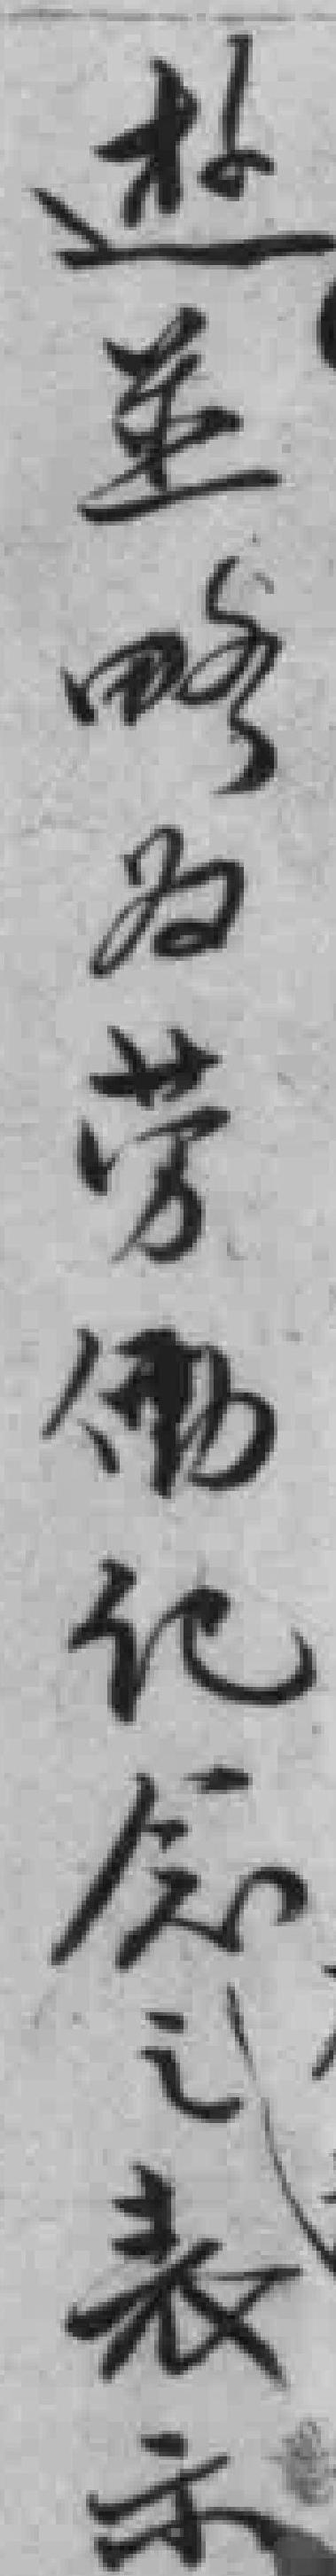
赴並略为劳働纪念之表示